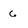
Character: 6